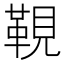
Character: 䩤